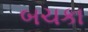
બચકા